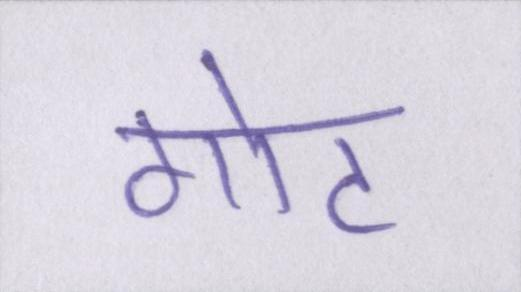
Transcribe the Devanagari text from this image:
गोट